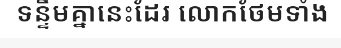
ទន្ទឹមគ្នានេះដែរ លោកថែមទាំង